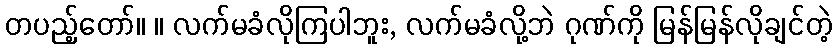
တပည့်တော်။ ။ လက်မခံလိုကြပါဘူး, လက်မခံလို့ဘဲ ဂုဏ်ကို မြန်မြန်လိုချင်တဲ့